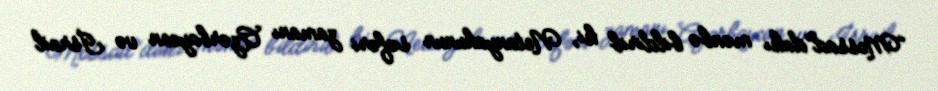
“Mossad”dakı mənbə bildirib ki, Netanyahunun səfəri zamanı Azərbaycan və İsrail